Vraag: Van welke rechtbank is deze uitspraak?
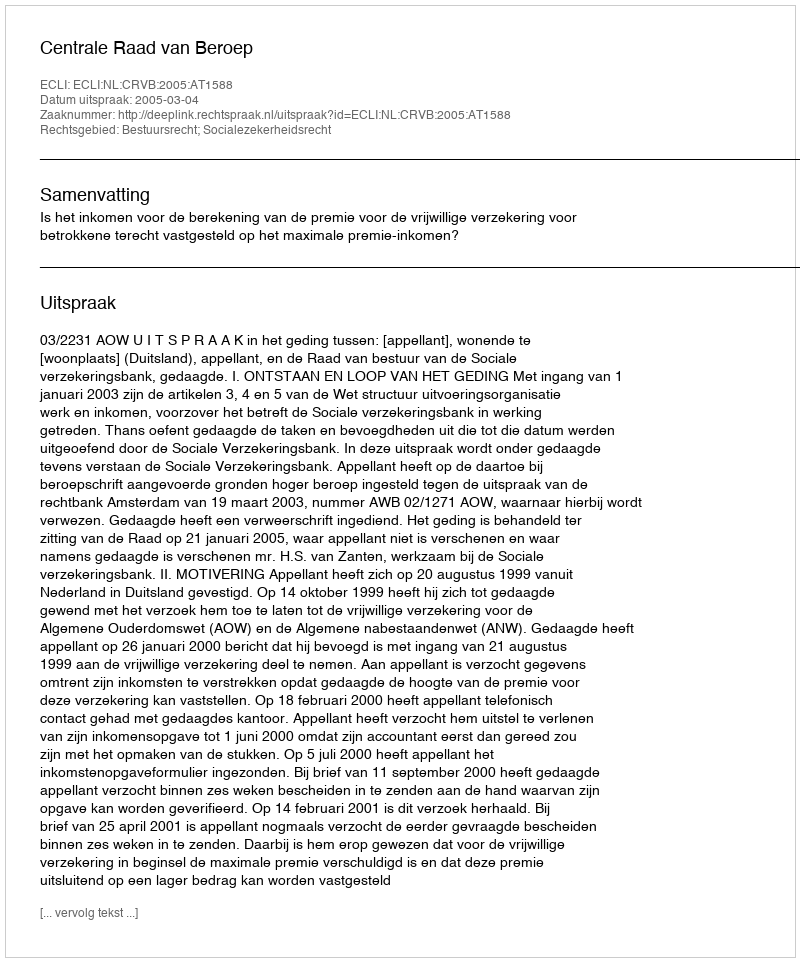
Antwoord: Centrale Raad van Beroep